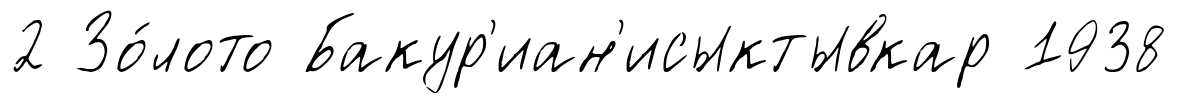
2 Зо́лото Бакур'иан'исыктывкар 1938